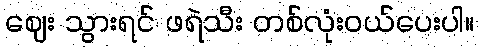
ဈေး သွားရင် ဖရဲသီး တစ်လုံးဝယ်ပေးပါ။